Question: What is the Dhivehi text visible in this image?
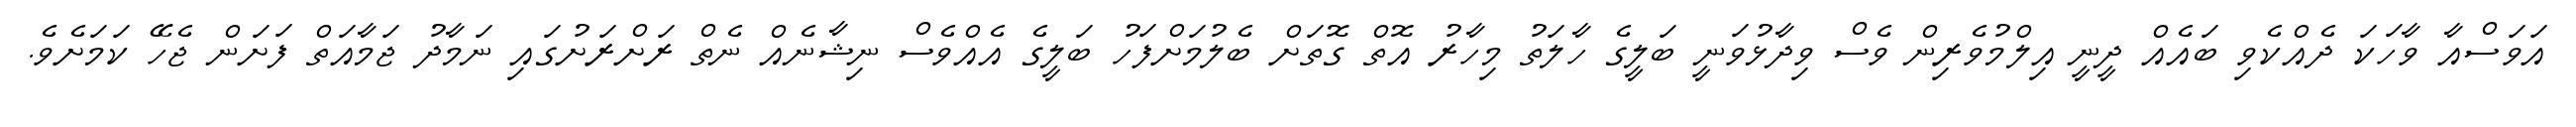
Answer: އަވަސްއާ ވާހަކަ ދެއްކެވި ބައެއް ދީނީ އިލްމުވެރިން ވެސް ވިދާޅުވަނީ ބަލީގެ ހާލަތު މިހާރު އޮތް ގޮތަށް ބެލުމަށްފަހު ބަލީގެ އެއްވެސް ނިޝާނެއް ނެތް ރަށްރަށުގައި ނަމާދު ޖަމާއަތް ފަށަން ޖެހޭ ކަމަށެވެ.